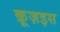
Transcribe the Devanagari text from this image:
क्रूज़इस